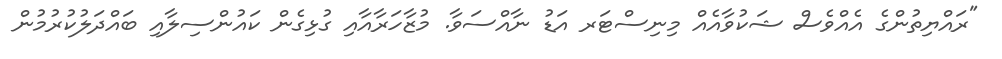
"ރައްޔިތުންގެ އެއްވެސް ޝަކުވާއެއް މިނިސްޓަރ އަޑު ނާއްސަވާ. މުޒާހަރާއާއި ގުޅިގެން ކައުންސިލާއި ބައްދަލުކުރުމުން